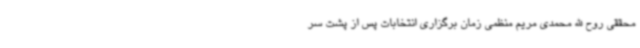
محققی روح الله محمدی مریم منظمی زمان برگزاری انتخابات پس از پشت سر